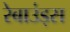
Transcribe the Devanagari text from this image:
रेबाउंड्स